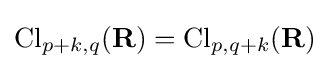
\operatorname {Cl} _{p+k,q}(\mathbf {R} )=\operatorname {Cl} _{p,q+k}(\mathbf {R} )